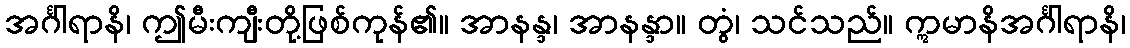
အင်္ဂါရာနိ၊ ဤမီးကျီးတို့ဖြစ်ကုန်၏။ အာနန္ဒ၊ အာနန္ဒာ။ တွံ၊ သင်သည်။ ဣမာနိအင်္ဂါရာနိ၊